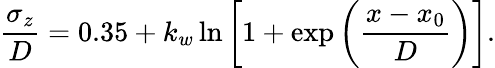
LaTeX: \frac{\sigma_{z}}{D}=0.35+k_{w}\ln{\left[1+\exp\left(\frac{x-x_{0}}{D}\right)\right]}.